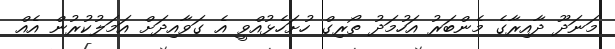
މަނަދޫ ދާއިރާގެ މެންބަރު އަހުމަދު ތޯރިގް ހުށަހެޅުއްވީ އެ ގަވާއިދަށް އަމަލުކުރުން އެއް